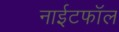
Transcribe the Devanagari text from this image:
नाईटफाॅल